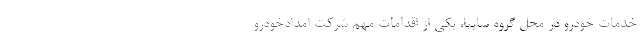
خدمات خودرو در محل گروه سایپا، یکی از اقدامات مهم شرکت امدادخودرو